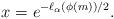
LaTeX: \begin{align*} x=e^{-\ell_\alpha(\phi(m))/2}.\end{align*}